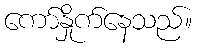
ကော်နှိုက်နေသည်။